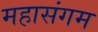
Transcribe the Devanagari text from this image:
महासंगम